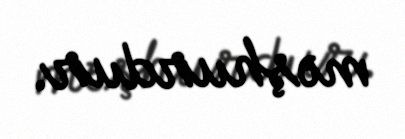
məşhurdur.